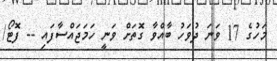
މަހުގެ 17 ވަނަ ދުވަހު ބާއްވާ ގޮތަށް ވަނީ ހަމަޖައްސާފައި -- ފޮޓޯ/